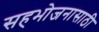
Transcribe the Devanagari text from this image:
सहभोजनासाठी